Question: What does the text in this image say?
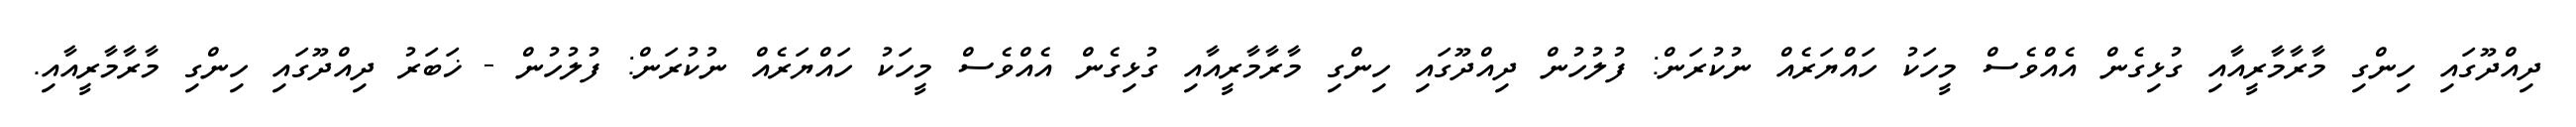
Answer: ދިއްދޫގައި ހިންގި މާރާމާރީއާއި ގުޅިގެން އެއްވެސް މީހަކު ހައްޔަރެއް ނުކުރަން: ފުލުހުން ދިއްދޫގައި ހިންގި މާރާމާރީއާއި ގުޅިގެން އެއްވެސް މީހަކު ހައްޔަރެއް ނުކުރަން: ފުލުހުން - ޚަބަރު ދިއްދޫގައި ހިންގި މާރާމާރީއާއި.